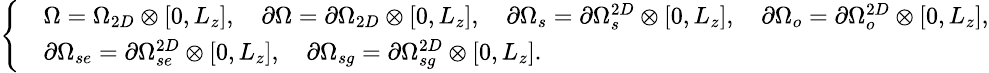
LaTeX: \small\left\{ \begin{array}{rl}&{\Omega=\Omega_{2D}\otimes[0,L_{z}],\quad\partial\Omega=\partial\Omega_{2D}\otimes[0,L_{z}],\quad\partial\Omega_{s}=\partial\Omega_{s}^{2D}\otimes[0,L_{z}],\quad\partial\Omega_{o}=\partial\Omega_{o}^{2D}\otimes[0,L_{z}],}\\ &{\partial\Omega_{se}=\partial\Omega_{se}^{2D}\otimes[0,L_{z}],\quad\partial\Omega_{sg}=\partial\Omega_{sg}^{2D}\otimes[0,L_{z}].}\end{array}\right.